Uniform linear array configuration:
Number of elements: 64
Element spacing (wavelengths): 0.75
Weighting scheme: blackman
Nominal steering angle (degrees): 15
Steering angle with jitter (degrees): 14.921
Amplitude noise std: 0.05
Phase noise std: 0.05

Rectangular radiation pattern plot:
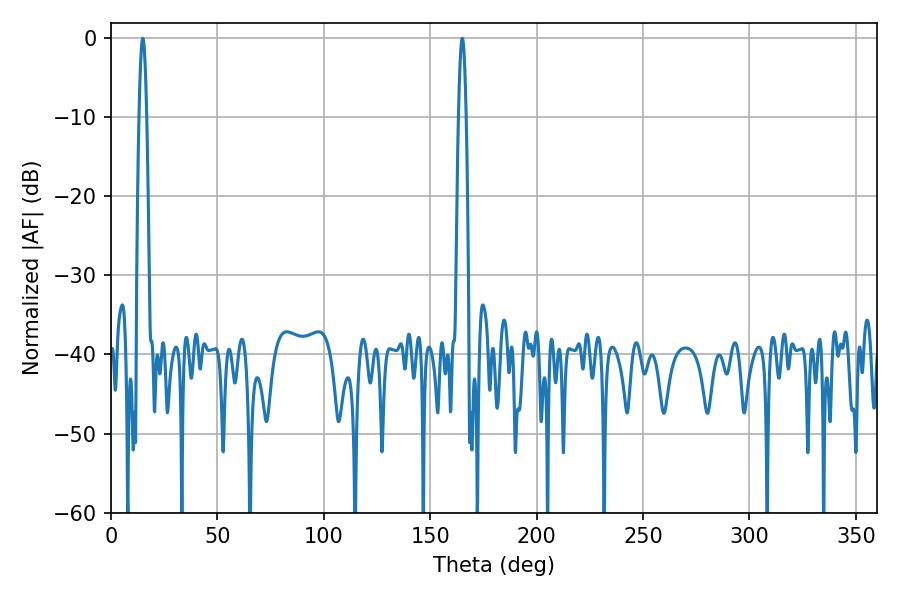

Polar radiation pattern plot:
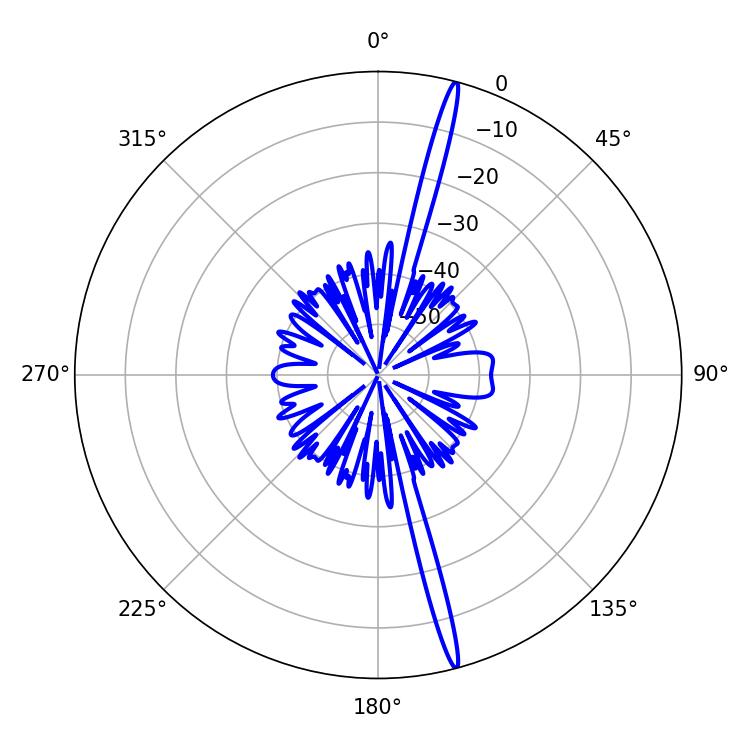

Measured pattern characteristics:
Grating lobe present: TRUE
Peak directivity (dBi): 20.097
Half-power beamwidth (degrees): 1.8
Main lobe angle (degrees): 165.06